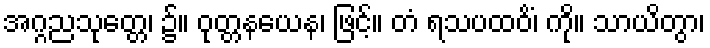
အဂ္ဂညသုတ္တေ၊ ၌။ ဝုတ္တနယေန၊ ဖြင့်။ တံ ရသပထဝိံ၊ ကို။ သာယိတွာ၊